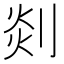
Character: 剡